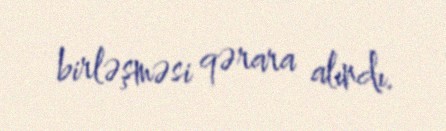
birləşməsi qərara alındı.